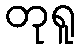
တုရူ